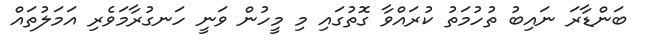
ބަންޑާރަ ނައިބު ތުހުމަތު ކުރައްވާ ގޮތުގައި މި މީހުން ވަނީ ހަނގުރާމަވެރި އަމަލުތައް